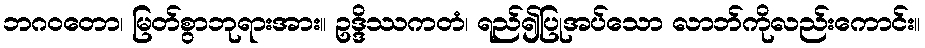
ဘဂဝတော၊ မြတ်စွာဘုရားအား။ ဥဒ္ဒိဿကတံ၊ ရည်၍ပြုအပ်သော လာဘ်ကိုလည်းကောင်း။